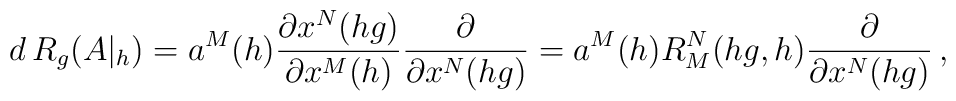
d\,R_{g}(A|_{h})=a^{M}(h)\frac{\partial x^{N}(hg)}{\partial x^{M}(h)}\frac{\partial }{\partial x^{N}(hg)}=a^{M}(h) R^{N}_{M}(hg, h)\frac{\partial }{\partial x^{N}(hg)}\,,